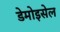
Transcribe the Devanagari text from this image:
डेमोइसेल